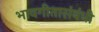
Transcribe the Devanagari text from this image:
भावगीतासंबंधी